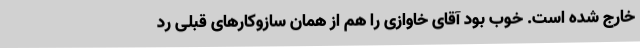
خارج شده است. خوب بود آقای خاوازی را هم از همان سازوکارهای قبلی رد